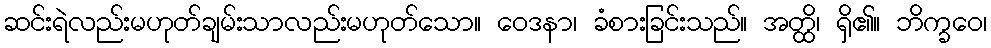
ဆင်းရဲလည်းမဟုတ်ချမ်းသာလည်းမဟုတ်သော။ ဝေဒနာ၊ ခံစားခြင်းသည်။ အတ္ထိ၊ ရှိ၏။ ဘိက္ခဝေ၊